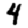
Digit: 4